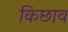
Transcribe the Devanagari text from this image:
किछाव